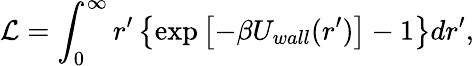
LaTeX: \mathcal{L}=\int_{0}^{\infty}r^{\prime}\left\{ \exp\left[-\beta U_{wall}(r^{\prime})\right]-1\right\} dr^{\prime},